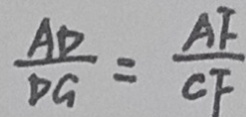
\frac { A D } { D G } = \frac { A F } { C F }